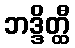
ဘဒ္ဒိတ္ထီ